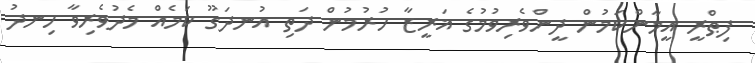
ފިޠްރީ އީމާންކަމުން ދީންވެރިވުމުގެ ޣަރީޒާ ހުރުމުން ދަތި އުނދަގޫ ކަމެއް މެދުވެރިވާ ހިނދު